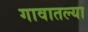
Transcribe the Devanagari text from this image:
गावातल्‍या